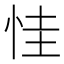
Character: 㤬